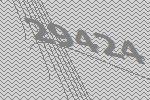
29424